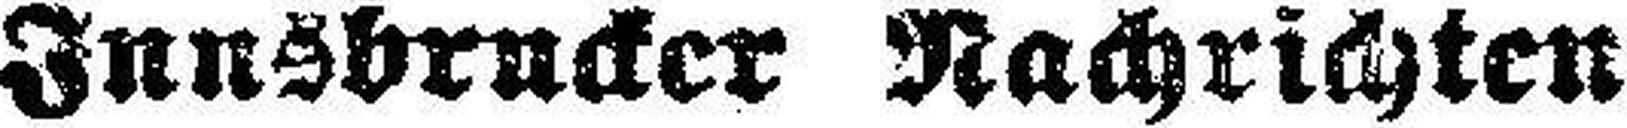
Innsbrucker Nachrichten